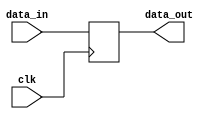
module synchronous_logic_block (
    input wire clk,
    input wire [7:0] data_in,
    output reg [7:0] data_out
);

always @ (posedge clk) begin
    // insert your code or operations here
    data_out <= data_in;
end

endmodule